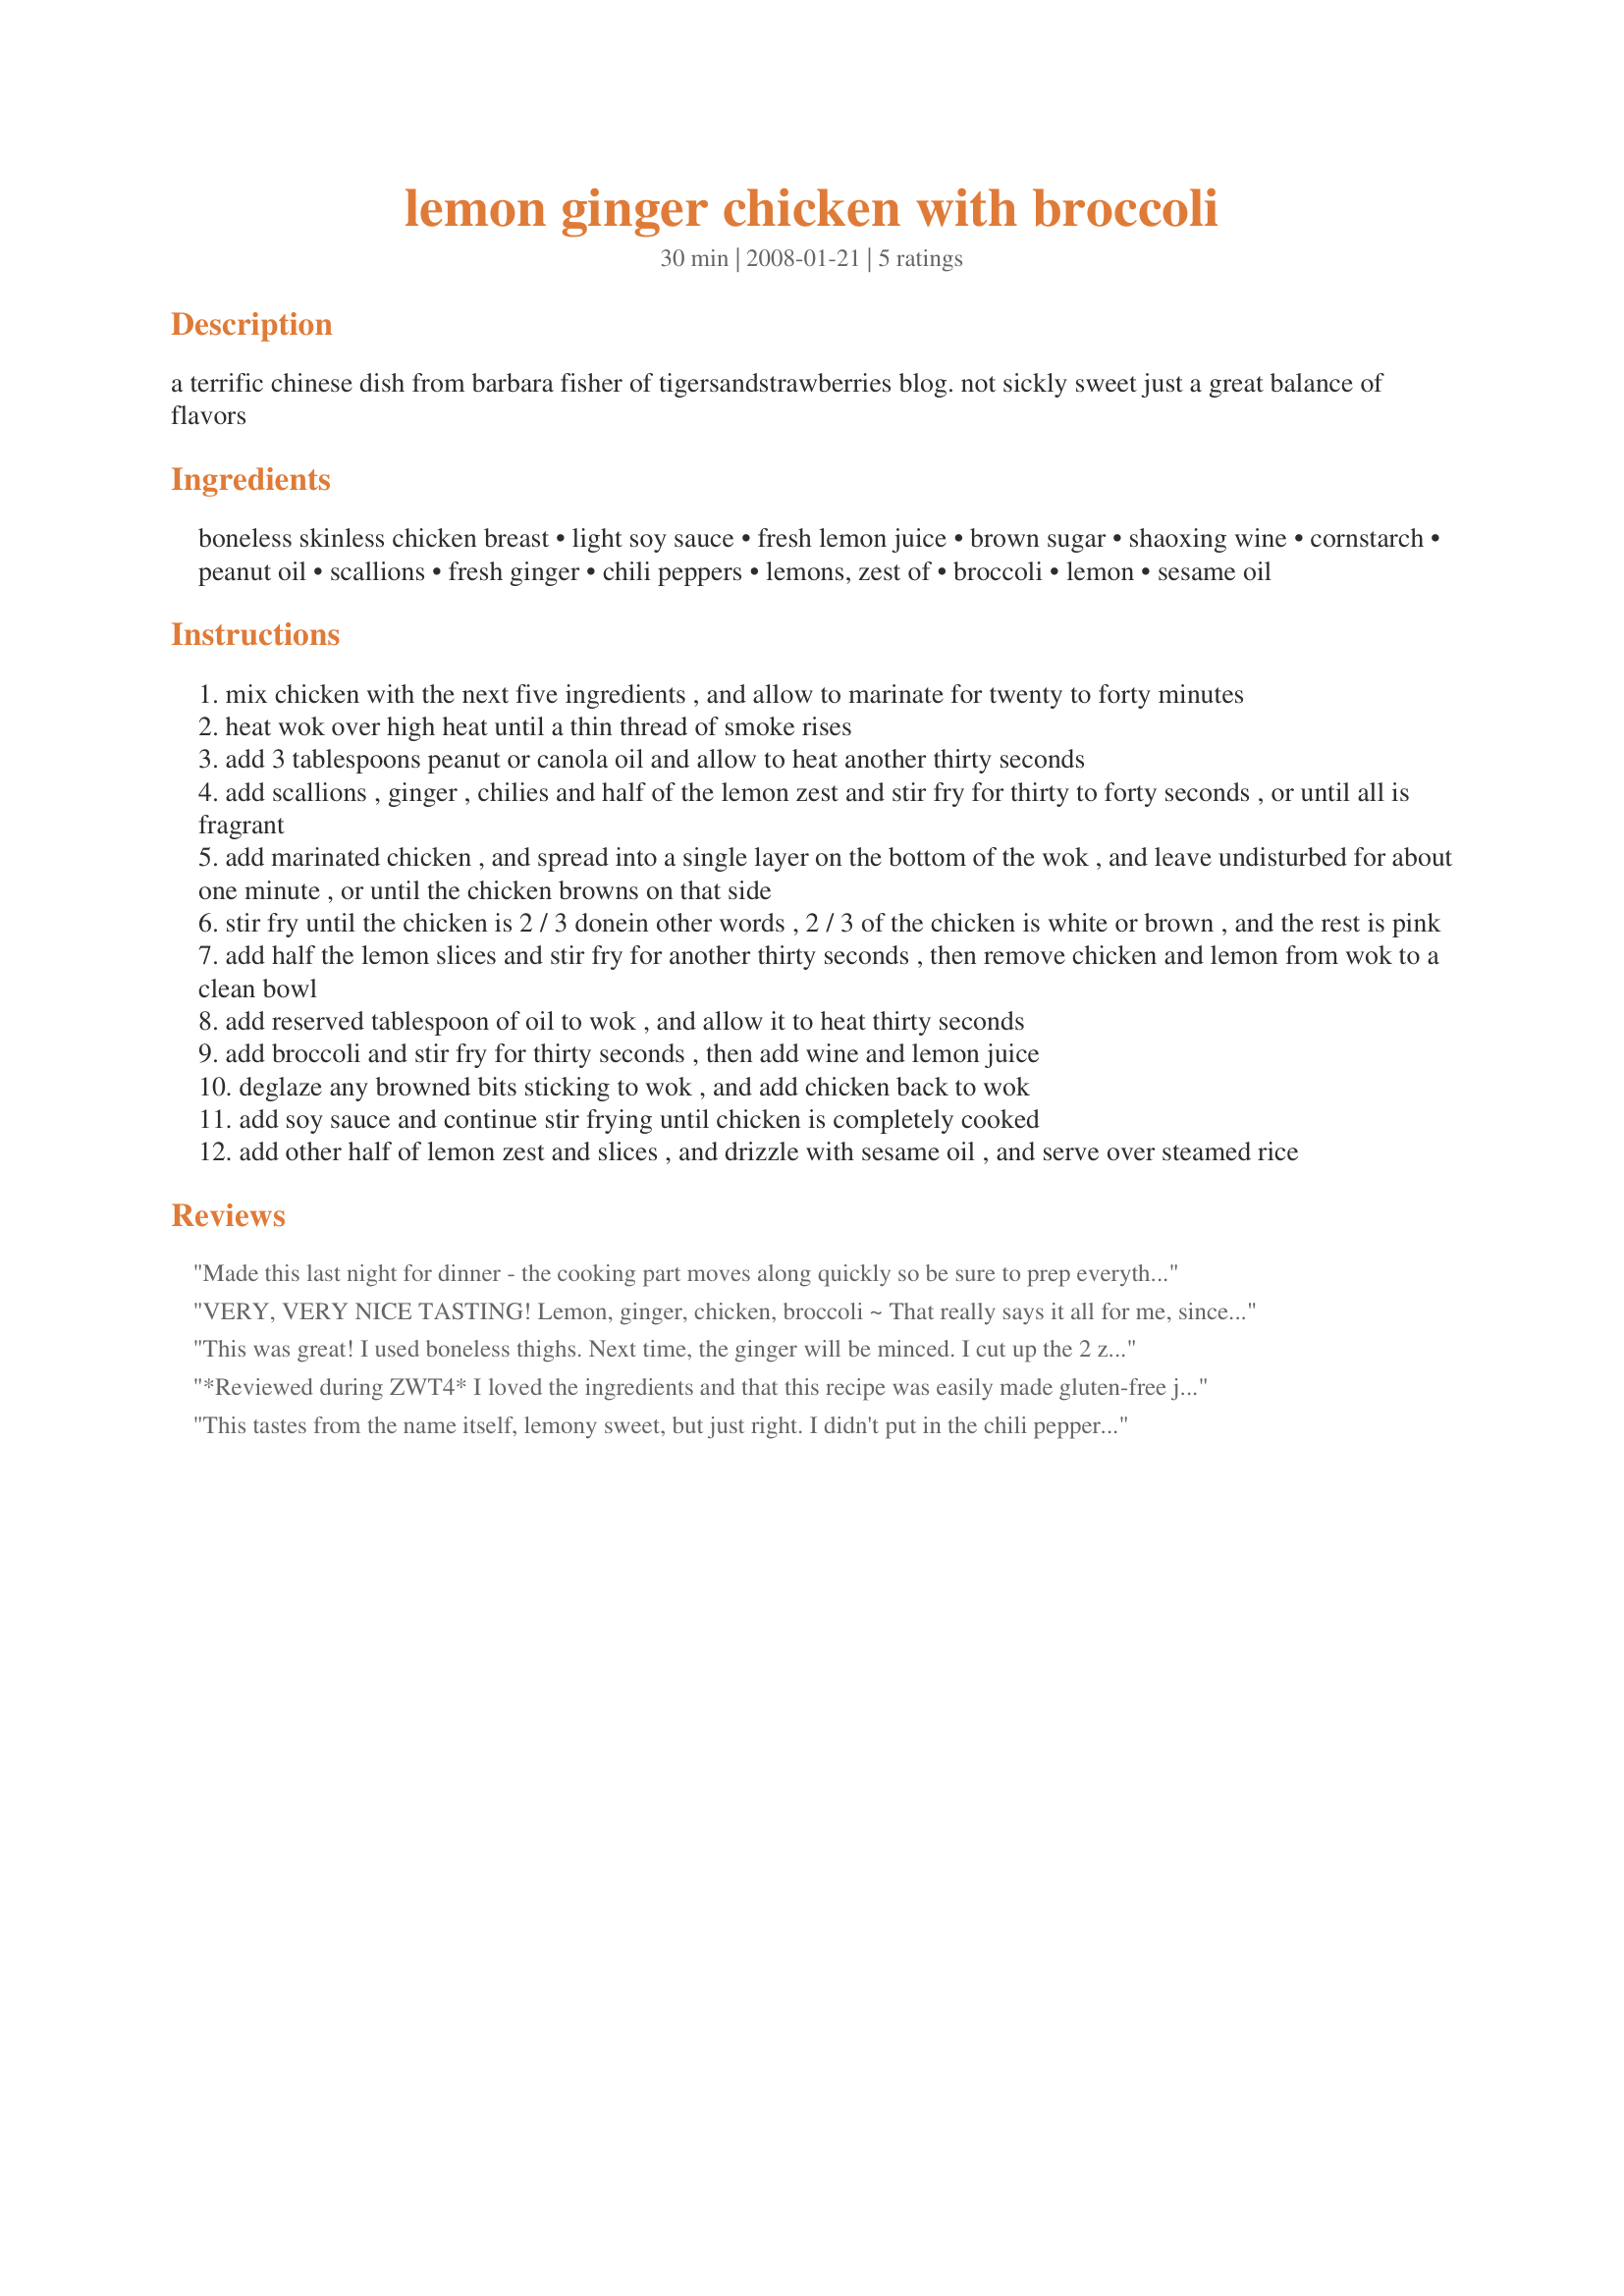
lemon ginger chicken with broccoli
Preparation time: 30 minutes

a terrific chinese dish from barbara fisher of tigersandstrawberries blog. not sickly sweet just a great balance of flavors

Ingredients:
boneless skinless chicken breast, light soy sauce, fresh lemon juice, brown sugar, shaoxing wine, cornstarch, peanut oil, scallions, fresh ginger, chili peppers, lemons, zest of, broccoli, lemon, sesame oil

Steps:
mix chicken with the next five ingredients , and allow to marinate for twenty to forty minutes
heat wok over high heat until a thin thread of smoke rises
add 3 tablespoons peanut or canola oil and allow to heat another thirty seconds
add scallions , ginger , chilies and half of the lemon zest and stir fry for thirty to forty seconds , or until all is fragrant
add marinated chicken , and spread into a single layer on the bottom of the wok , and leave undisturbed for about one minute , or until the chicken browns on that side
stir fry until the chicken is 2 / 3 donein other words , 2 / 3 of the chicken is white or brown , and the rest is pink
add half the lemon slices and stir fry for another thirty seconds , then remove chicken and lemon from wok to a clean bowl
add reserved tablespoon of oil to wok , and allow it to heat thirty seconds
add broccoli and stir fry for thirty seconds , then add wine and lemon juice
deglaze any browned bits sticking to wok , and add chicken back to wok
add soy sauce and continue stir frying until chicken is completely cooked
add other half of lemon zest and slices , and drizzle with sesame oil , and serve over steamed rice

Reviews:
Made this last night for dinner - the cooking part moves along quickly so be sure to prep everything ahead of time. I halved the recipe and it made enough for three of us. Everything went along pretty well, when I got to step 4 it says add wine and lemon juice, but I couldn't find where the lemon juice was mentioned again.... so, I just added a couple of dashes of RealLemon. This dish is very lemon-y, which I enjoyed - you could even eat the lemons that were added the first time around. The steps were a little overwhelming, I kept losing my place, might be nice if they were broken down into shorter steps. Made for Chinese New Year review game.
VERY, VERY NICE TASTING! Lemon, ginger, chicken, broccoli ~ That really says it all for me, since the making of this recipe melds those flavors so nicely! The prep took me a bit longer than indicated, but I needed things in place & ready so that all would go smoothly, which it did! I look forward to making this dish again & again ~ Many thanks for sharing it! [Tagged, made & reviewed in Gimme 5 tag]
This was great! I used boneless thighs. Next time, the ginger will be minced. I cut up the 2 zested lemons to add. YUM! Thank you! Made for the Chinese/Vietnamese New Year Tag.
*Reviewed during ZWT4* I loved the ingredients and that this recipe was easily made gluten-free just by using suitable soy sauce. Luckily I prepared everything first as this recipe cooks up in a matter of minutes. I love chicken and broccoli. The lemon and ginger combination was nice also but the lemon was quite strong for my personal taste. Next time I think that I'll use the lemon juice but leave the sliced lemon and rind out. Photo also to be posted
This tastes from the name itself, lemony sweet, but just right. I didn't put in the chili peppers though since I didn't have it on hand so was thinking whether to sub it with bell peppers or dried pepper..but ahh, never mind..opted out on this.. and it took me some time to make it. The procedure 4. states adding juice but the Stir Fry recipe ingredients didn't have it in there, but nevertheless, I added it (1 tsp) aside from the lemon wedges and zest. Slicing the lemon zest took me some time, and figuring out how to cut a scallion on the bias err..had to look it up. It's my first time to make this dish..*blushes* But first time is the hardest so they say, so next time, it'll be alot easier. So why, is it still a 5? Because it was worth it and it's soooo delicious!!! Thanks for sharing this, MarraMamba! Kung Hei Fat Choy! (Reviewed for Chinese-Vietnamese New Year 2008 tag game) :)
